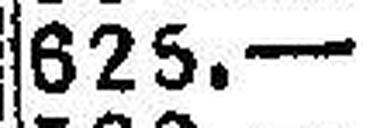
625.—